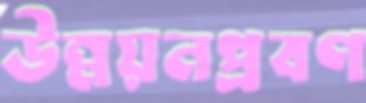
উন্নয়নপ্রবণ